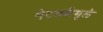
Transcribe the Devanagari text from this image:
नेटवर्कमुळे